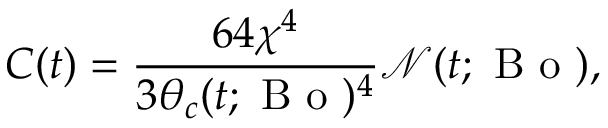
C ( t ) = \frac { 6 4 \chi ^ { 4 } } { 3 \theta _ { c } ( t ; \mathrm { ~ B ~ o ~ } ) ^ { 4 } } \mathcal { N } ( t ; \mathrm { ~ B ~ o ~ } ) ,